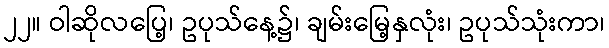
၂၂။ ဝါဆိုလပြေ့၊ ဥပုသ်နေ့၌၊ ချမ်းမြေ့နှလုံး၊ ဥပုသ်သုံးကာ၊